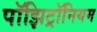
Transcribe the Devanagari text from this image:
पॉझिट्रॉनियम